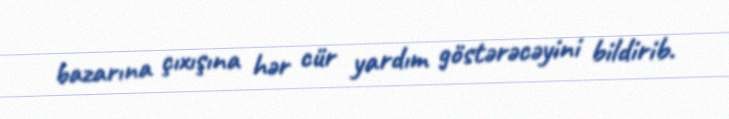
bazarına çıxışına hər cür yardım göstərəcəyini bildirib.